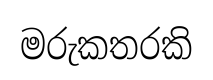
මරුකතරකි